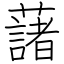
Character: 藷